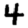
Digit: 4